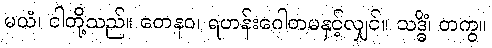
မယံ၊ ငါတို့သည်။ တေနဝ၊ ရဟန်းဂေါတမနှင့်လျှင်။ သဒ္ဓိံ၊ တကွ။